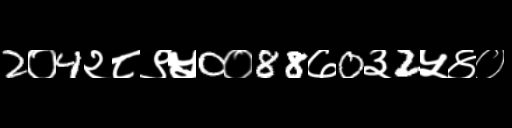
Text: 2०4२८९५0०88७0३2५४०